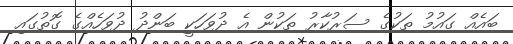
ބައެއް ގައުމު ތަކުގެ ސަރުކާރު ތަކުން އެ ދުވަހަކީ ބަންދު ދުވަހެއްގެ ގޮތުގައި